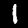
Label: 1